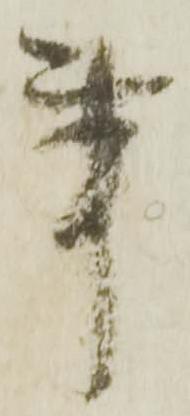
事